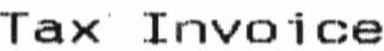
TAX INVOICE